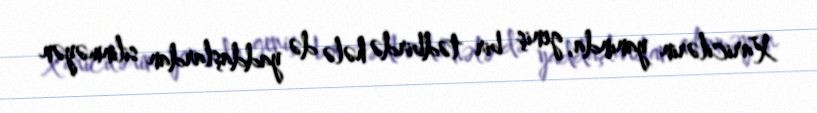
Xaricilərin yanında, geniş bir tədbirdə hələ də yaddaşlardan silinməyən